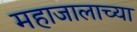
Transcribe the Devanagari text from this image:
महाजालाच्या